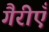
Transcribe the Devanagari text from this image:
गैरीएँ